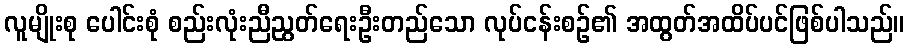
လူမျိုးစု ပေါင်းစုံ စည်းလုံးညီညွတ်ရေးဦးတည်သော လုပ်ငန်းစဉ်၏ အထွတ်အထိပ်ပင်ဖြစ်ပါသည်။